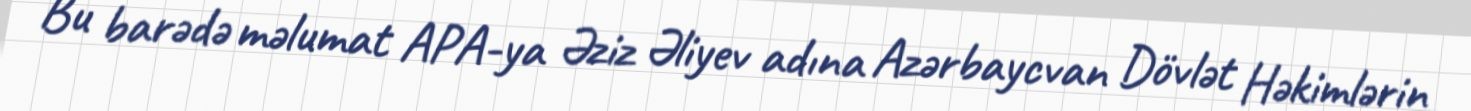
Bu barədə məlumat APA-ya Əziz Əliyev adına Azərbaycvan Dövlət Həkimlərin